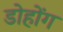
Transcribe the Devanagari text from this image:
डोहोंग